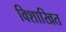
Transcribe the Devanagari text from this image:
विशाखित